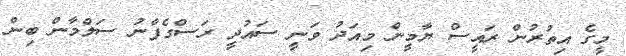
މީގެ އިތުރުން ރައީސް ޔާމީން މިއަދު ވަނީ ސައުދީ ރަސްގެފާނު ސަލްމާން ބިން